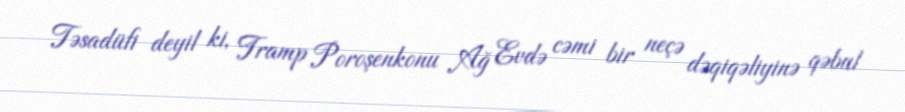
Təsadüfi deyil ki, Tramp Poroşenkonu Ağ Evdə cəmi bir neçə dəqiqəliyinə qəbul